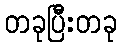
တခုပြီးတခု